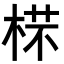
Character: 𣔟